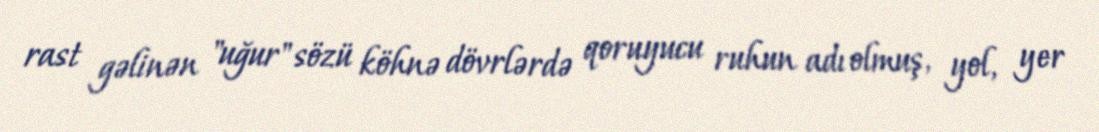
rast gəlinən "uğur" sözü köhnə dövrlərdə qoruyucu ruhun adı olmuş, yol, yer